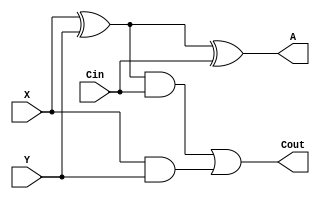
`timescale 1ns / 1ps
module full_adder(
 input X,
 input Y,
 input Cin,
 output A,
 output Cout
 );
 
 wire p,r,s;
 xor(p,X,Y);
 xor(A,p,Cin);
 and(r,p,Cin);
 and(s,X,Y);
 or(Cout,r,s);
endmodule